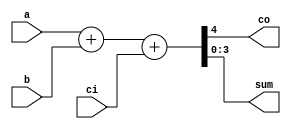
module FA4Bit(input [3:0] a,b,input ci,output co,output [3:0] sum);
	assign {co,sum} = a+b+ci;
endmodule